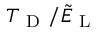
T _ { \mathrm { ~ D ~ } } / \tilde { E } _ { \mathrm { ~ L ~ } }